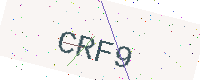
Text: CRF9